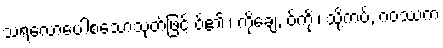
သရလောပေါစသောသုတ်ဖြင့် ဝ်၏ ၊ ကိုချေ, ဝ်ကို ၊ သို့ကပ်, ဂဝဿကံ